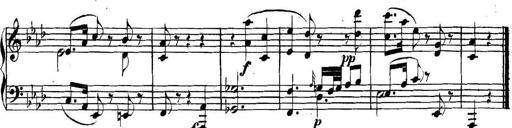
Title: Collected Piano Sonatas
Composer: Muzio Clementi